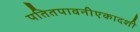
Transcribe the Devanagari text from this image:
पतितपावनीएकादशी